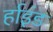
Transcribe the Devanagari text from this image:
र्हाइंड